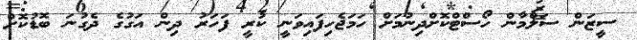
ސީޒަން ސަލްމާން ހޯސްޓްކޮށްދިނުމަށް ހަމަޖެހިފައިވަނީ ކުރީ ފަހަރު ދިން އަގުގެ ދެގުނަ ބޮޑުކޮށް